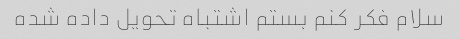
سلام فکر کنم بستم اشتباه تحویل داده شده